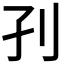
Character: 𡥁